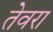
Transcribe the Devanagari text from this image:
तेवरा